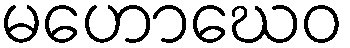
မဟောဃေဝ